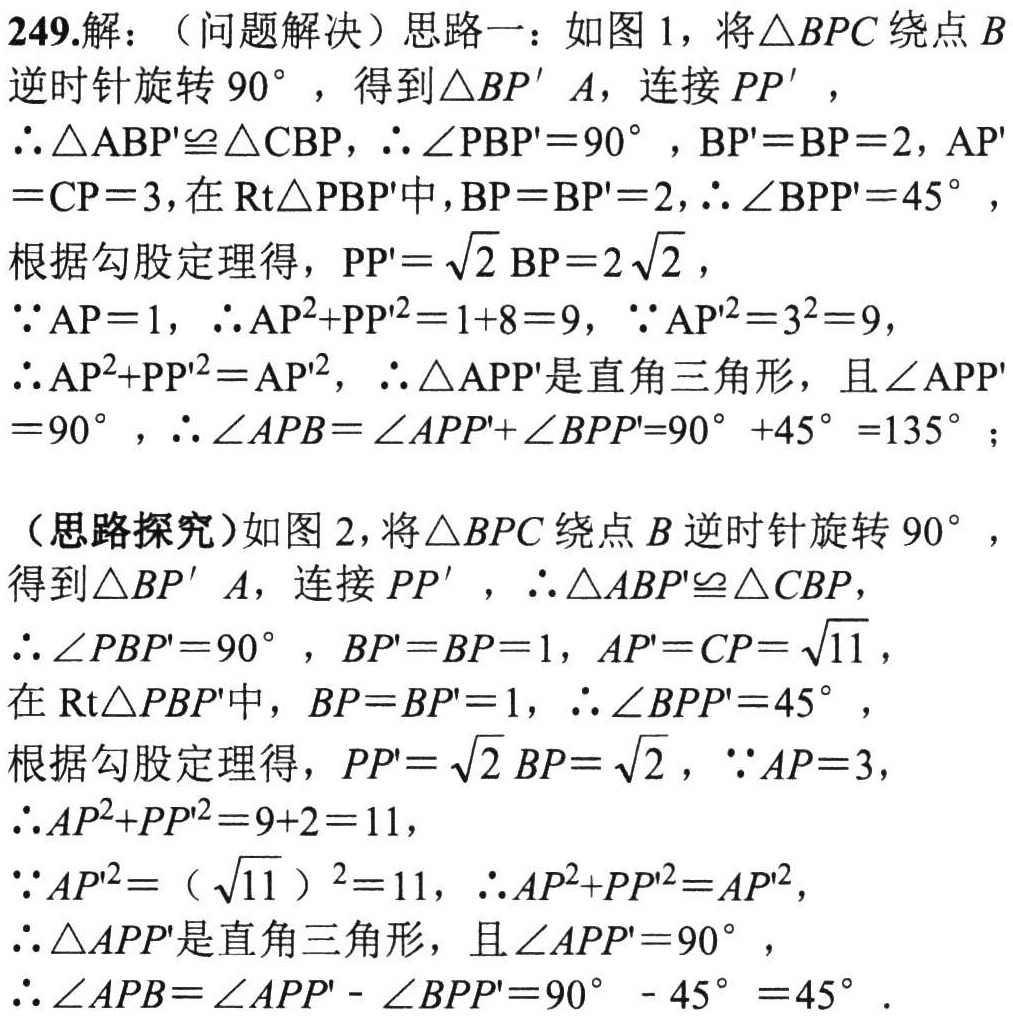
249.解：（问题解决）思路一：如图1，将\(\triangle BPC\)绕点\(B\)逆时针旋转\(90^{\circ}\)，得到\(\triangle BP'A\)，连接\(PP'\)，\(AP\)

\(\therefore\triangle ABP'\cong\triangle CBP\)，\(\therefore\angle PBP' = 90^{\circ}\)，\(BP' = BP = 2\)，\(AP'=CP = 3\)，在\(Rt\triangle PBP'\)中，\(BP = BP' = 2\)，\(\therefore\angle BPP' = 45^{\circ}\)，

根据勾股定理得，\(PP'=\sqrt{2}BP = 2\sqrt{2}\)，

\(\because AP = 1\)，\(\therefore AP^{2}+PP'^{2}=1 + 8 = 9\)，\(\because AP'^{2}=3^{2}=9\)，

\(\therefore AP^{2}+PP'^{2}=AP'^{2}\)，\(\therefore\triangle APP'\)是直角三角形，且\(\angle APP' = 90^{\circ}\)，\(\therefore\angle APB=\angle APP'+\angle BPP'=90^{\circ}+45^{\circ}=135^{\circ}\)；

（思路探究）如图2，将\(\triangle BPC\)绕点\(B\)逆时针旋转\(90^{\circ}\)，得到\(\triangle BP'A\)，连接\(PP'\)，\(\therefore\triangle ABP'\cong\triangle CBP\)，

\(\therefore\angle PBP' = 90^{\circ}\)，\(BP' = BP = 1\)，\(AP'=CP=\sqrt{11}\)，

在\(Rt\triangle PBP'\)中，\(BP = BP' = 1\)，\(\therefore\angle BPP' = 45^{\circ}\)，

根据勾股定理得，\(PP'=\sqrt{2}BP=\sqrt{2}\)，\(\because AP = 3\)，

\(\therefore AP^{2}+PP'^{2}=9 + 2 = 11\)，

\(\because AP'^{2}=(\sqrt{11})^{2}=11\)，\(\therefore AP^{2}+PP'^{2}=AP'^{2}\)，

\(\therefore\triangle APP'\)是直角三角形，且\(\angle APP' = 90^{\circ}\)，

\(\therefore\angle APB=\angle APP'-\angle BPP'=90^{\circ}-45^{\circ}=45^{\circ}\)．